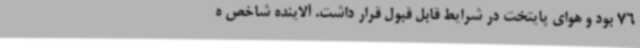
76 بود و هوای پایتخت در شرایط قابل قبول قرار داشت. آلاینده شاخص ه